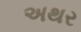
અથર